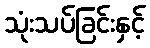
သုံးသပ်ခြင်းနှင့်